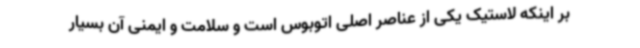
بر اینکه لاستیک یکی از عناصر اصلی اتوبوس است و سلامت و ایمنی آن بسیار